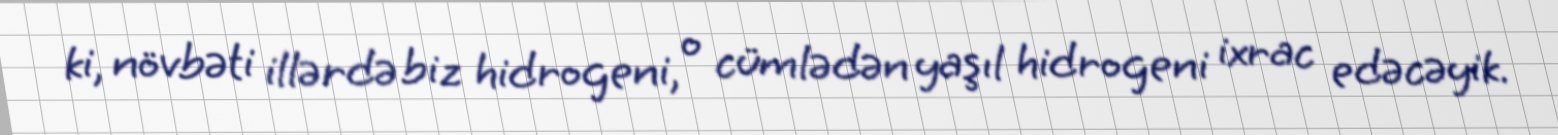
ki, növbəti illərdə biz hidrogeni, o cümlədən yaşıl hidrogeni ixrac edəcəyik.